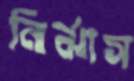
নির্ঝাস